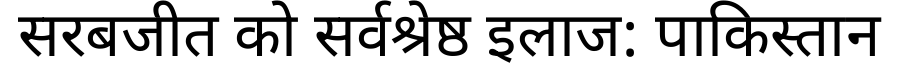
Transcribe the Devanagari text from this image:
सरबजीत को सर्वश्रेष्ठ इलाज: पाकिस्तान